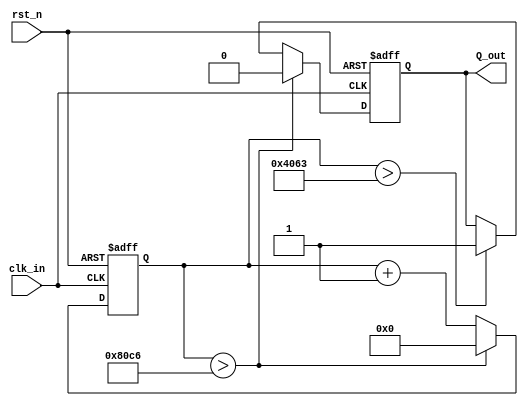
//////////////////////////////////////////////////////////////////////////////////
//  Module   : div_by_N.v
//  Parent   : top_test.v
//  Children : none
//  Description:
//     This is the div_by_N for the test project on a basys3 board
//     Used for experimenting with Vivado with generated clocks
//  Parameters:
//     None
///////////////////////////////////////////////////////////////////////////////////
//`include "timescale.v"


/////////////////////////////Basys 3 FPGA   ///////////////////////////////////////
module div_by_N  #(parameter N= 32967, parameter Nb= 16) (  // 32967 creates 3033Hz clock
   rst_n,
   clk_in,
   //
   Q_out );
  
  // list external pins by name in XDC file
  output Q_out;
  input wire clk_in;     // 100kHz
  input  rst_n;
  
  reg Q;
  reg q1 = 0;
  reg q2 = 0;
  reg [Nb-1:0] N_minus_1 = N-1;
  reg [Nb-1:0] N_half = N>>1;
 
  // internal wires and reg
  reg [Nb-1:0] count = 0;
  // ======================================================
  always @( posedge clk_in or negedge rst_n) begin
    if( rst_n==0) begin
      count <= 0;
      Q <= 0;
    end else begin
      count <= count + 1;
      if (count > N_minus_1) begin
         Q <= 0;
         count <= 0;
      end else begin 
         if (count > N_half) begin
            Q <= 1;
         end
      end   
    end
   end  
  
  assign Q_out = Q;
  
endmodule